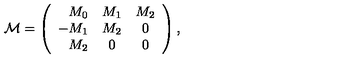
{ \cal M } = \left( \begin{array} { r c c } { M _ { 0 } } & { M _ { 1 } } & { M _ { 2 } } \\ { - M _ { 1 } } & { M _ { 2 } } & { 0 } \\ { M _ { 2 } } & { 0 } & { 0 } \\ \end{array} \right) ,